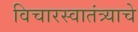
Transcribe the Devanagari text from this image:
विचारस्वातंत्र्याचे